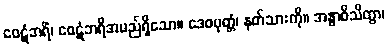
ဝေဋံဘရိံ၊ ဝေဋံဘရိအမည်ရှိသော။ ဒေဝပုတ္တံ၊ နတ်သားကို။ အနွာဝိသိတွာ၊